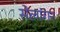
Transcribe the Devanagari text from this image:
सेलांगर